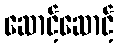
ဆောင့်ဆောင့်